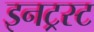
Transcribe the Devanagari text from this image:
इनट्रस्ट